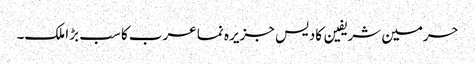
حرمین شریفین کادیس جزیرہ نما عرب کا سب بڑا ملک۔